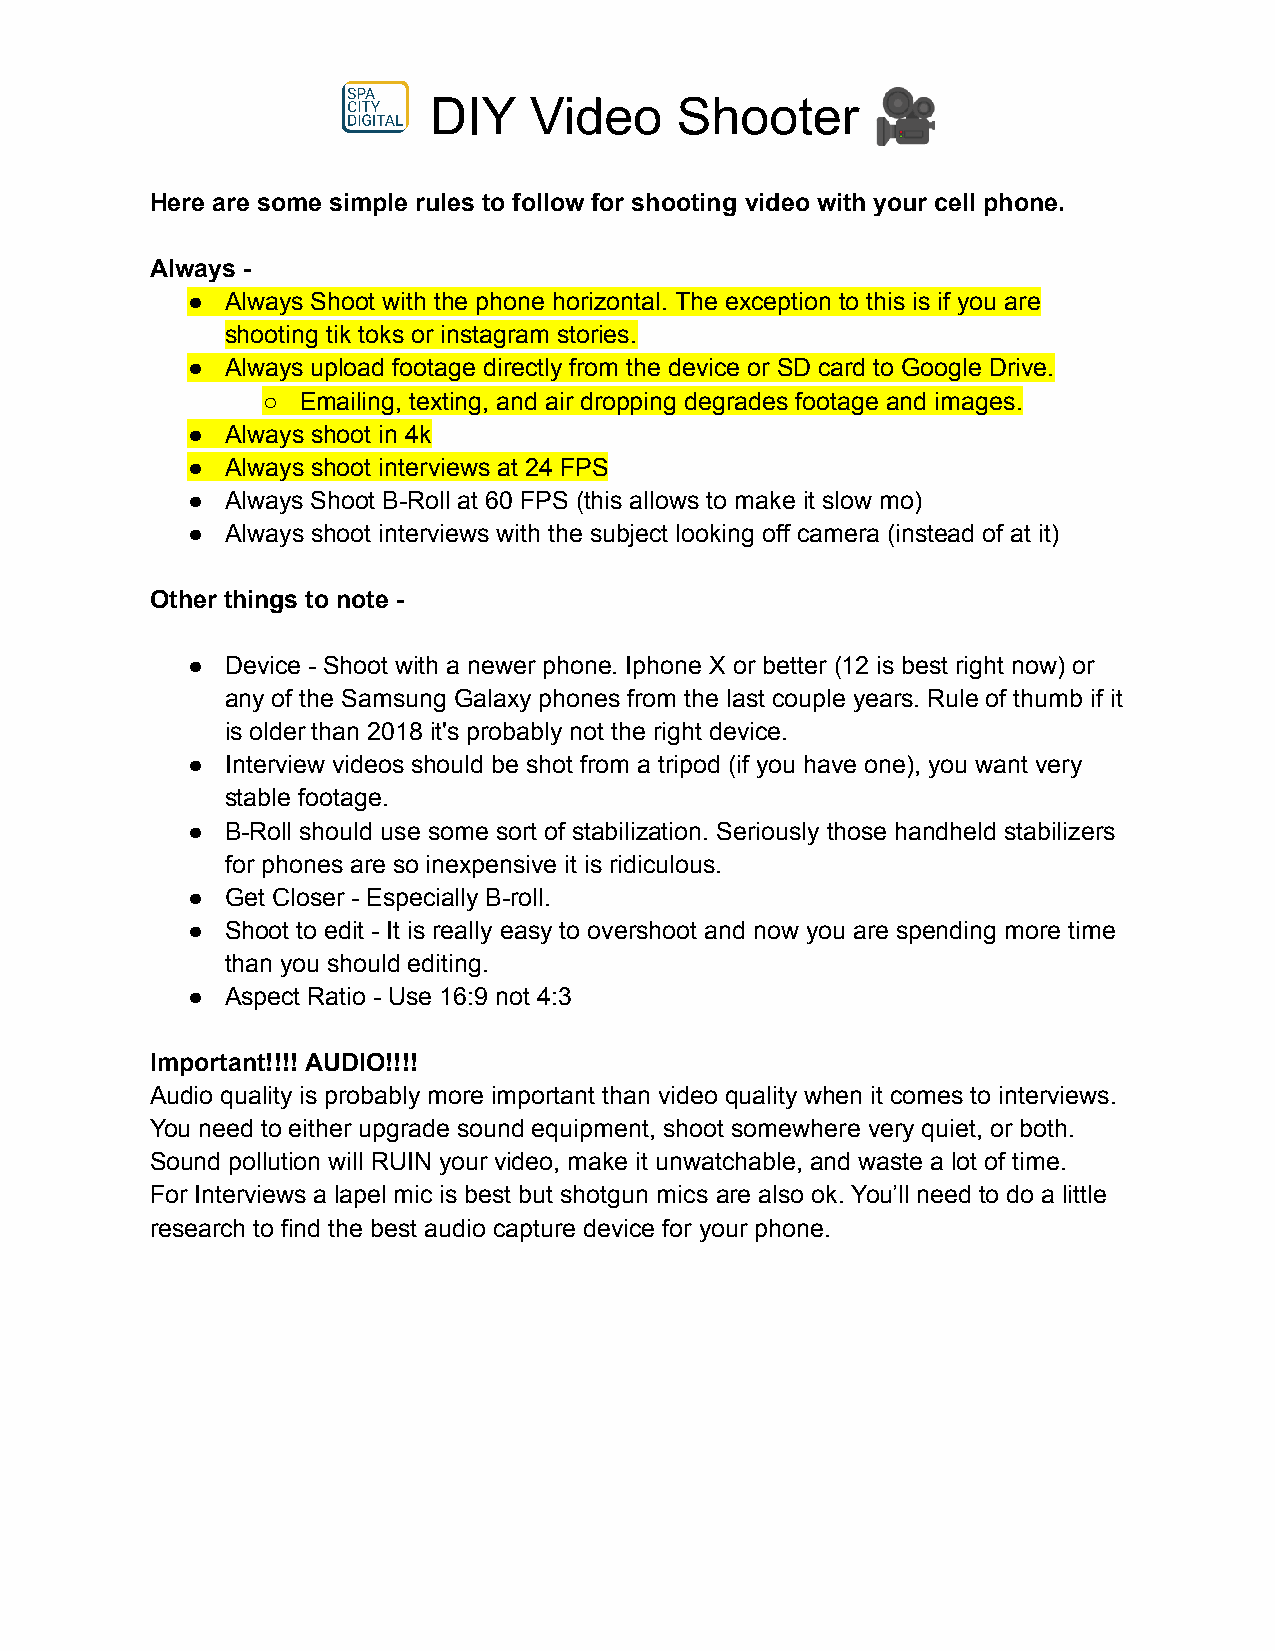
🎥
 DIY    Video     Shooter
 Here are some simple rules to follow for shooting video with your cell phone.
 Always -
 ●  Always Shoot with the phone horizontal. The exception to this is if you are
 shooting tik toks or instagram stories.
 ●  Always upload footage directly from the device or SD card to Google Drive.
 ○  Emailing, texting, and air dropping degrades footage and images.
 ●  Always shoot in 4k
 ●  Always shoot interviews at 24 FPS
 ●  Always Shoot B-Roll at 60 FPS (this allows to make it slow mo)
 ●  Always shoot interviews with the subject looking off camera (instead of at it)
 Other things to note -
 ●  Device - Shoot with a newer phone. Iphone X or better (12 is best right now) or
 any of the Samsung Galaxy phones from the last couple years. Rule of thumb if it
 is older than 2018 it's probably not the right device.
 ●  Interview videos should be shot from a tripod (if you have one), you want very
 stable footage.
 ●  B-Roll should use some sort of stabilization. Seriously those handheld stabilizers
 for phones are so inexpensive it is ridiculous.
 ●  Get Closer - Especially B-roll.
 ●  Shoot to edit - It is really easy to overshoot and now you are spending more time
 than you should editing.
 ●  Aspect Ratio - Use 16:9 not 4:3
 Important!!!! AUDIO!!!!
 Audio quality is probably more important than video quality when it comes to interviews.
 You need to either upgrade sound equipment, shoot somewhere very quiet, or both.
 Sound pollution will RUIN your video, make it unwatchable, and waste a lot of time.
 For Interviews a lapel mic is best but shotgun mics are also ok. You’ll need to do a little
 research to find the best audio capture device for your phone.